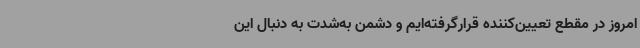
امروز در مقطع تعیین‌کننده قرارگرفته‌ایم و دشمن به‌شدت به دنبال این